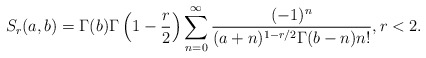
\begin{align*}S_r(a,b)=\Gamma(b)\Gamma\left(1-\frac{r}{2}\right)\sum_{n=0}^\infty\frac{(-1)^n}{(a+n)^{1-r/2}\Gamma(b-n) n!},r<2.\end{align*}